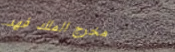
مخرج الملك فهد